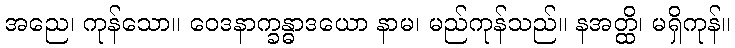
အညေ၊ ကုန်သော။ ဝေဒနာက္ခန္ဓာဒယော နာမ၊ မည်ကုန်သည်။ နအတ္ထိ၊ မရှိကုန်။